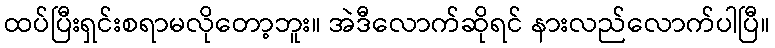
ထပ်ပြီးရှင်းစရာမလိုတော့ဘူး။ အဲဒီလောက်ဆိုရင် နားလည်လောက်ပါပြီ။